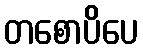
တစောပိပေ